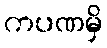
ကပဏမှိ